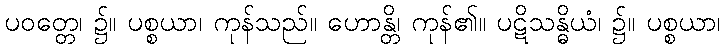
ပဝတ္တေ၊ ၌။ ပစ္စယာ၊ ကုန်သည်။ ဟောန္တိ၊ ကုန်၏။ ပဋိသန္ဓိယံ၊ ၌။ ပစ္စယာ၊